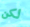
لكن